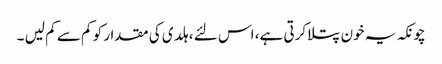
چونکہ یہ خون پتلا کرتی ہے، اس لئے ، ہلدی کی مقدار کو کم سے کم لیں ۔